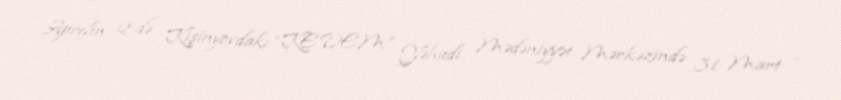
Aprelin 2-də Kişinyovdakı “KEDEM” Yəhudi Mədəniyyət Mərkəzində 31 Mart –